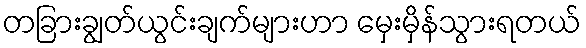
တခြားချွတ်ယွင်းချက်များဟာ မှေးမှိန်သွားရတယ်